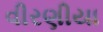
વીરણીયા